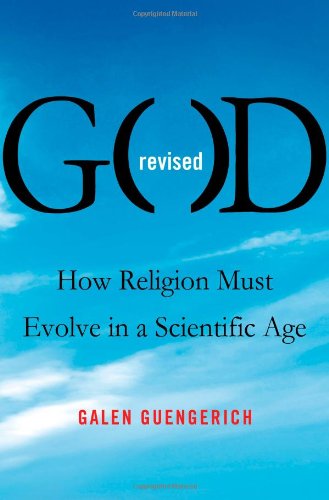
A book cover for God Revised: How Religion Must Evolve in a Scientific Age; Galen Guengerich; Religion & Spirituality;